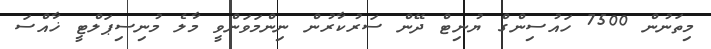
މިތަނުން 7500 ހައުސިންގް ޔުނިޓް ދޭން ސަރުކާރުން ނިންމަވަންވީ މާލެ މުނިސިޕަލްޓީ ޚާއްސަ